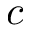
c